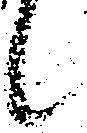
候